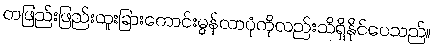
တဖြည်းဖြည်းထူးခြားကောင်းမွန်လာပုံကိုလည်းသိရှိနိုင်ပေသည်။